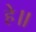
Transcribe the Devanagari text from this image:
हे॥